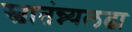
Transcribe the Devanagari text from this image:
स्वातंन्न्यलढा